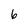
Character: 6